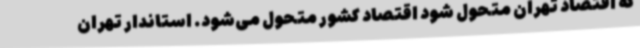
که اقتصاد تهران متحول شود اقتصاد کشور متحول می‌شود. استاندار تهران